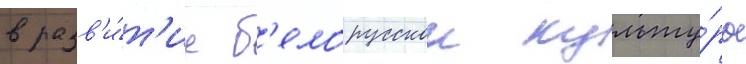
в разв'и́т'ие б'елорусскои культу́ры